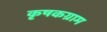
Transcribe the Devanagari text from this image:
कृषकग्राम